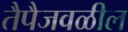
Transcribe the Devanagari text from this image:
तैपैजवळील